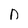
Character: n